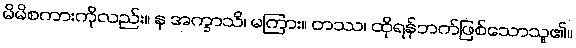
မိမိစကားကိုလည်း။ န အက္ခာသိ၊ မကြား။ တဿ၊ ထိုရန်ဘက်ဖြစ်သောသူ၏။